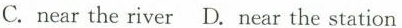
C.near the river D.Near the station